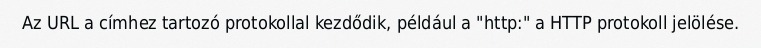
Az URL a címhez tartozó protokollal kezdődik, például a "http:" a HTTP protokoll jelölése.